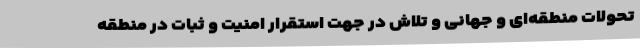
تحولات منطقه‌ای و جهانی و تلاش در جهت استقرار امنیت و ثبات در منطقه